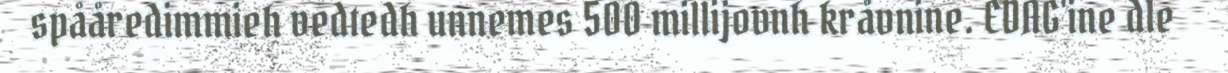
spååredimmieh vedtedh unnemes 500 millijovnh kråvnine. EDAG'ine dle